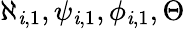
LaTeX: \aleph_{\mathit{i},1},\psi_{\mathit{i},1},\phi_{\mathit{i},1},\Theta